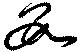
数